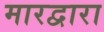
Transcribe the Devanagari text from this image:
मारद्वारा